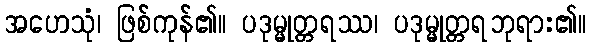
အဟေသုံ၊ ဖြစ်ကုန်၏။ ပဒုမ္မုတ္တရဿ၊ ပဒုမ္မုတ္တရဘုရား၏။